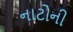
નાટોની